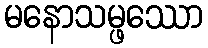
မနောသမ္ဖဿော